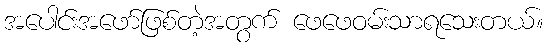
အပေါင်းအဖော်ဖြစ်တဲ့အတွက် ဖေဖေဝမ်းသာရသေးတယ်။